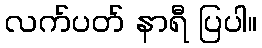
လက်ပတ် နာရီ ပြပါ။